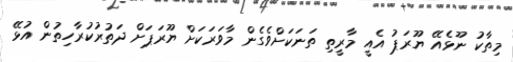
މިތާކު ނޫޅެއޭ ޔޫރަޕު އެއީ މާރީތި ތަނަކަށްވެގެން މާވަރަކަށް ޔޫރަޕަށް ދަތުރުކުރާހިތުން އުޅޭ